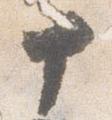
十